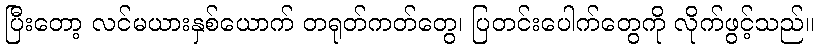
ပြီးတော့ လင်မယားနှစ်ယောက် တရုတ်ကတ်တွေ၊ ပြတင်းပေါက်တွေကို လိုက်ဖွင့်သည်။